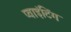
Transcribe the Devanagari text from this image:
प्वाइंटिंग